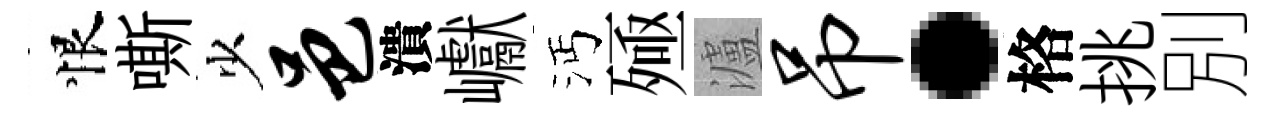
恨嘶少邑潰巘沔殛瀘吊·格挑別